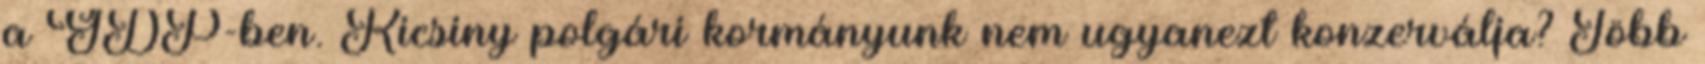
a GDP-ben. Kicsiny polgári kormányunk nem ugyanezt konzerválja? Több